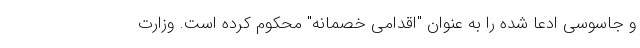
و جاسوسی ادعا شده را به عنوان "اقدامی خصمانه" محکوم کرده است. وزارت